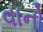
વાનો